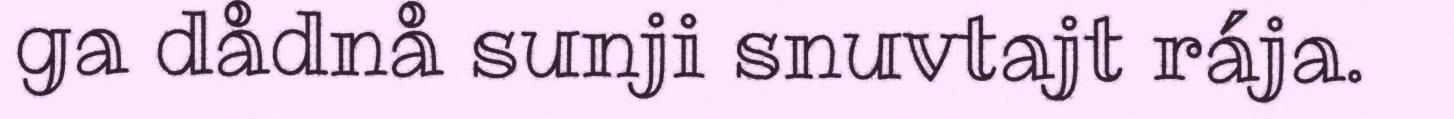
ga dådnå sunji snuvtajt rája.